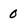
Character: 0